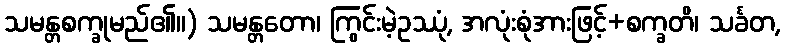
သမန္တစက္ခုမည်၏။) သမန္တတော၊ ကြွင်းမဲ့ဥဿုံ, အလုံးစုံအားဖြင့်+စက္ခတိ၊ သင်္ခတ,